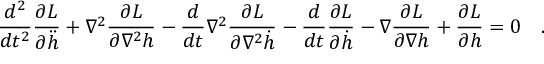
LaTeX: \frac { d ^ { 2 } } { d t ^ { 2 } } \frac { \partial L } { \partial \ddot { h } } + \nabla ^ { 2 } \frac { \partial L } { \partial \nabla ^ { 2 } h } - \frac { d } { d t } \nabla ^ { 2 } \frac { \partial L } { \partial \nabla ^ { 2 } \dot { h } } - \frac { d } { d t } \frac { \partial L } { \partial \dot { h } } - \nabla \frac { \partial L } { \partial \nabla h } + \frac { \partial L } { \partial h } = 0 \quad .